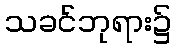
သခင်ဘုရား၌